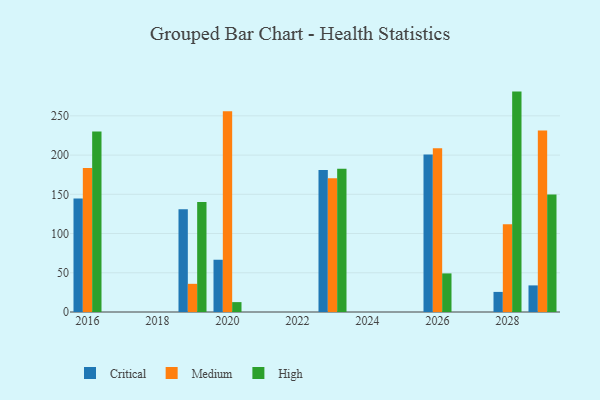
{"axis": {"x": "Year", "y": "Tickets Resolved"}, "legend": ["Critical", "High", "Medium"], "data": [{"x": "2026", "y": 200.7, "type": "Critical"}, {"x": "2026", "y": 208.6, "type": "Medium"}, {"x": "2026", "y": 49.2, "type": "High"}, {"x": "2019", "y": 130.9, "type": "Critical"}, {"x": "2019", "y": 35.9, "type": "Medium"}, {"x": "2019", "y": 140.3, "type": "High"}, {"x": "2028", "y": 25.6, "type": "Critical"}, {"x": "2028", "y": 111.8, "type": "Medium"}, {"x": "2028", "y": 280.9, "type": "High"}, {"x": "2023", "y": 181.0, "type": "Critical"}, {"x": "2023", "y": 170.4, "type": "Medium"}, {"x": "2023", "y": 182.6, "type": "High"}, {"x": "2029", "y": 33.9, "type": "Critical"}, {"x": "2029", "y": 231.2, "type": "Medium"}, {"x": "2029", "y": 149.6, "type": "High"}, {"x": "2016", "y": 144.5, "type": "Critical"}, {"x": "2016", "y": 183.5, "type": "Medium"}, {"x": "2016", "y": 230.0, "type": "High"}, {"x": "2020", "y": 66.6, "type": "Critical"}, {"x": "2020", "y": 256.0, "type": "Medium"}, {"x": "2020", "y": 12.6, "type": "High"}]}